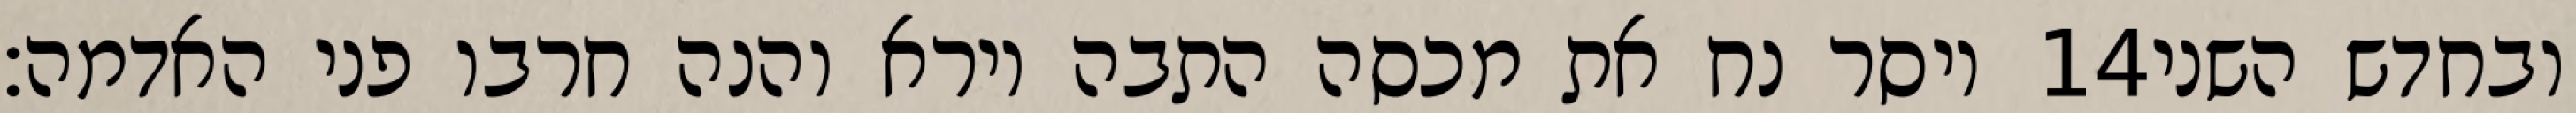
ויסר נח את מכסה התבה וירא והנה חרבו פני האדמה׃ ‎14‏ ובחדש השני